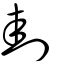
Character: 刲